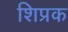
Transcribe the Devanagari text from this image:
शिप्रक